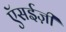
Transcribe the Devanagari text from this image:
ऍसईज़ी